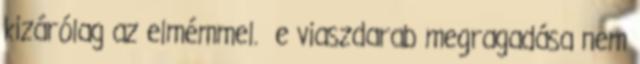
kizárólag az elmémmel. e viaszdarab megragadása nem